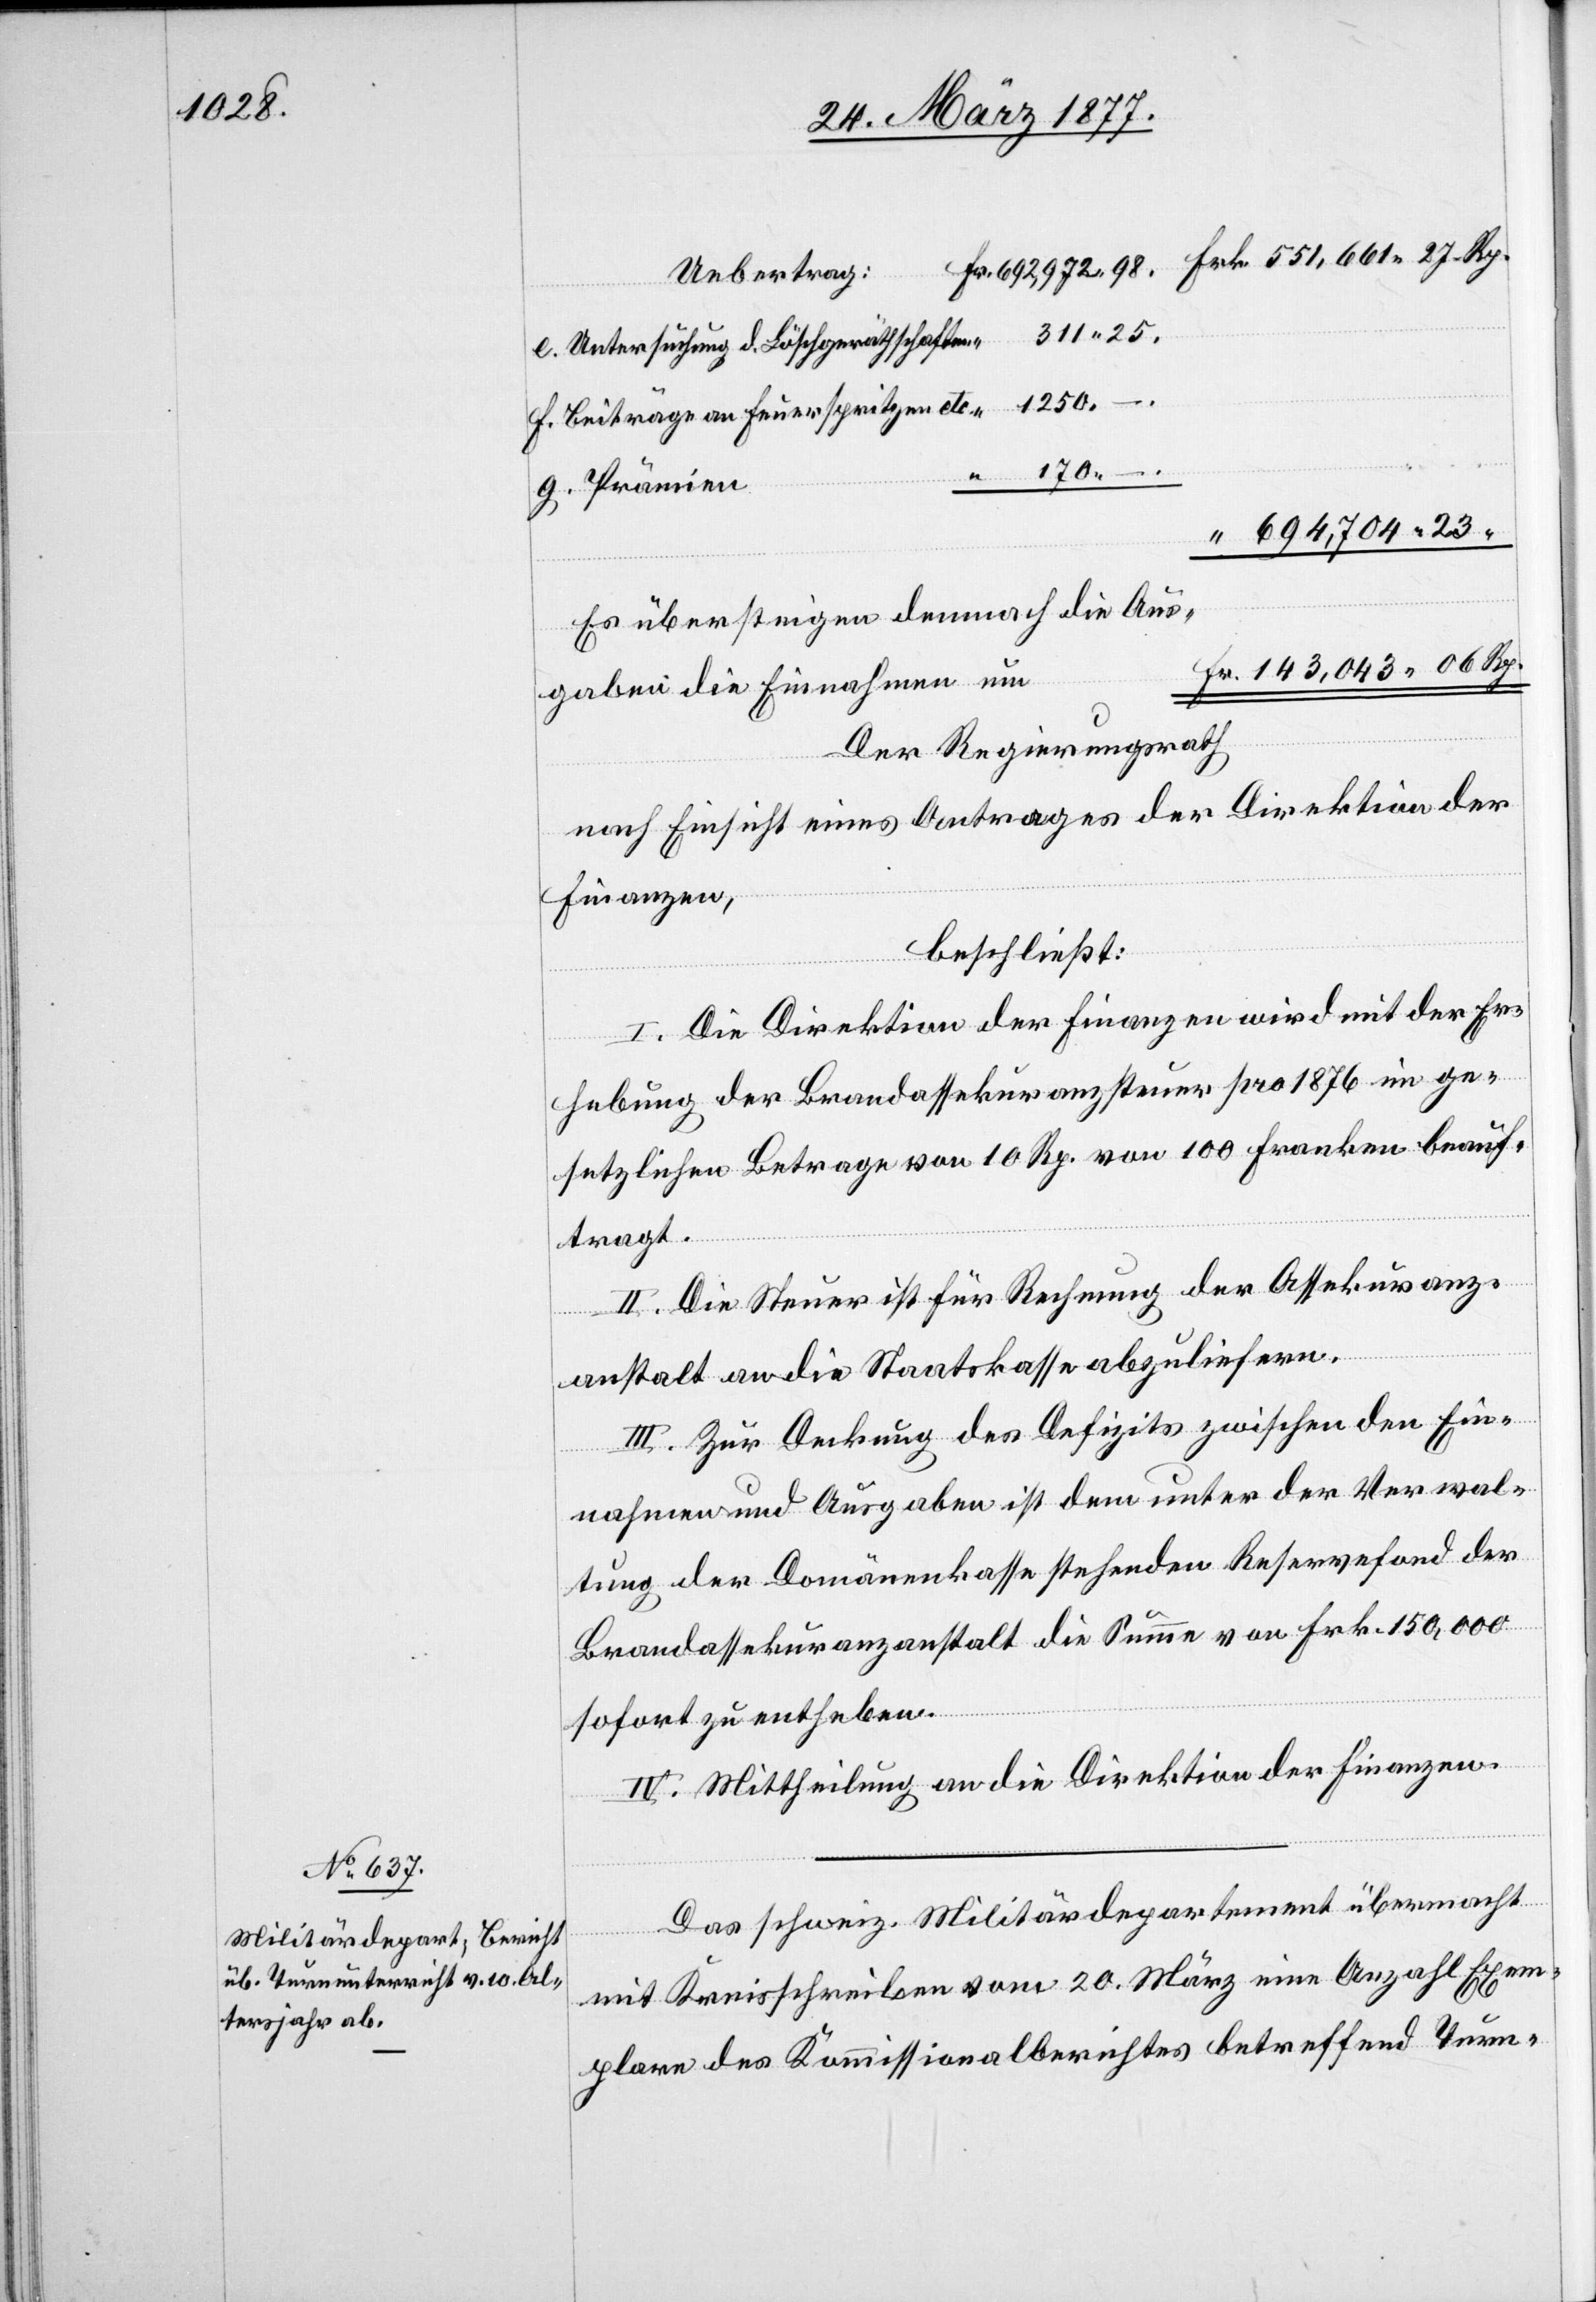
1250

e. Untersuchung d. Löschgeräthschaften
“
f. Beiträge an Feuerspritzen etc.
g. Prämien
Es übersteigen demnach die Aus¬
gaben die Einnahmen um
Der Regierungsrath,
nach Einsicht eines Antrages der Direktion der
Finanzen,
beschließt:
I. Die Direktion der Finanzen wird mit der Er¬
hebung der Brandassekuranzsteuer pro 1876 im ge¬
setzlichen Betrage von 10 Rp. von 100 Franken beauf¬
tragt.
II. Die Steuer ist für Rechnung der Assekuranz¬
anstalt an die Staatskasse abzuliefern.
III. Zur Deckung des Defizits zwischen den Ein¬
nahmen und Ausgaben ist dem unter der Verwal¬
tung der Domänenkasse stehenden Reservefond der
Brandassekuranzanstalt die Summe von Frk. 150,000
sofort zu entheben.
IV. Mittheilung an die Direktion der Finanzen.
Das schweiz. Militärdepartement übermacht
mit Kreisschreiben vom 20. März eine Anzahl Exem¬
plare des Kommissionalberichtes betreffend Turn-